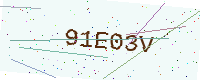
Text: 91E03V